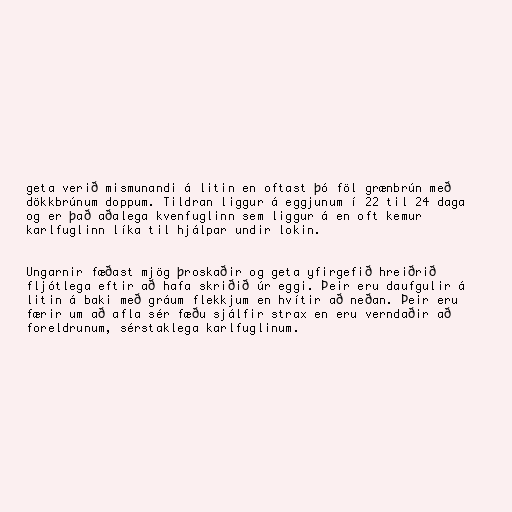
geta verið mismunandi á litin en oftast þó föl grænbrún með
dökkbrúnum doppum. Tildran liggur á eggjunum í 22 til 24 daga
og er það aðalega kvenfuglinn sem liggur á en oft kemur
karlfuglinn líka til hjálpar undir lokin.

Ungarnir fæðast mjög þroskaðir og geta yfirgefið hreiðrið
fljótlega eftir að hafa skriðið úr eggi. Þeir eru daufgulir á
litin á baki með gráum flekkjum en hvítir að neðan. Þeir eru
færir um að afla sér fæðu sjálfir strax en eru verndaðir að
foreldrunum, sérstaklega karlfuglinum.